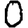
Digit: 0